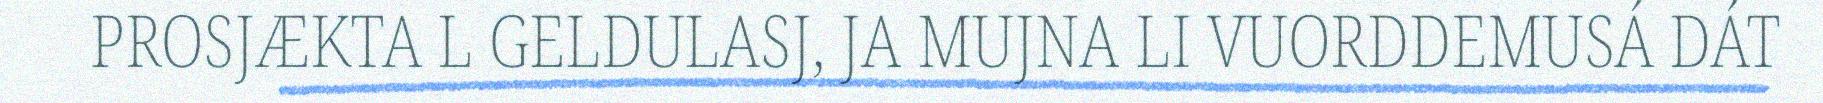
PROSJÆKTA L GELDULASJ, JA MUJNA LI VUORDDEMUSÁ DÁT